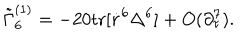
\tilde { \Gamma } _ { 6 } ^ { ( 1 ) } = - 2 0 \mathrm { t r } [ \dot { r } ^ { 6 } \Delta ^ { 6 } ] + O ( \partial _ { \tau } ^ { 7 } ) .